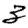
Digit: 3